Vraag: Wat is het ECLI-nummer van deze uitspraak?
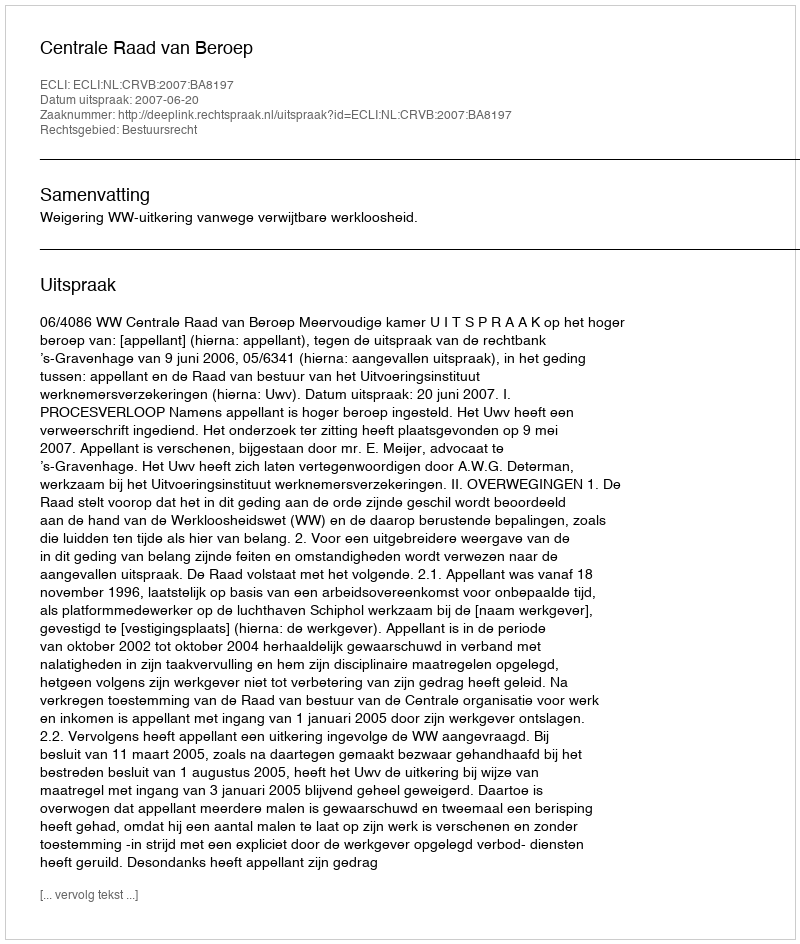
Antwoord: ECLI:NL:CRVB:2007:BA8197